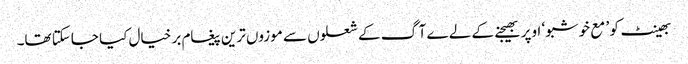
بھینٹ کو ’ مع خوشبو ‘ اوپر بھیجنے کے لے ے آگ کے شعلوں سے موزوں ترین پیغام بر خیال کیا جاسکتا تھا۔